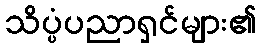
သိပ္ပံပညာရှင်များ၏